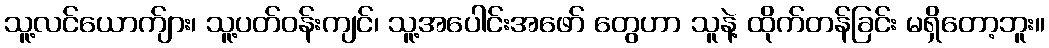
သူ့လင်ယောက်ျား၊ သူ့ပတ်ဝန်းကျင်၊ သူ့အပေါင်းအဖော် တွေဟာ သူနဲ့ ထိုက်တန်ခြင်း မရှိတော့ဘူး။